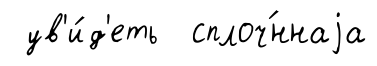
ув'и́д'еть сплоч́ннаjа